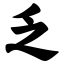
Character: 乏